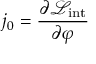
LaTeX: j _ { 0 } = { \frac { \partial { \mathcal { L } } _ { \mathrm { i n t } } } { \partial \varphi } }